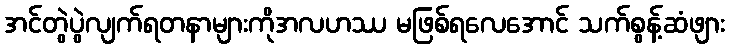
အင်တွဲပွဲလျက်ရတနာများကိုအလဟဿ မဖြစ်ရလေအောင် သက်စွန့်ဆံဖျား